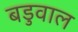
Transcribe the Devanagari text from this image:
बडुवाल